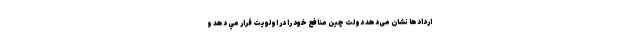
اردادها نشان می‌دهد دولت چین منافع خود را در اولويت قرار مي دهد و